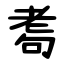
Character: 耈